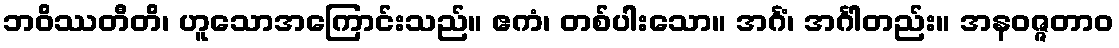
ဘဝိဿတီတိ၊ ဟူသောအကြောင်းသည်။ ဧကံ၊ တစ်ပါးသော။ အင်္ဂံ၊ အင်္ဂါတည်း။ အနဝဇ္ဇတာဝ